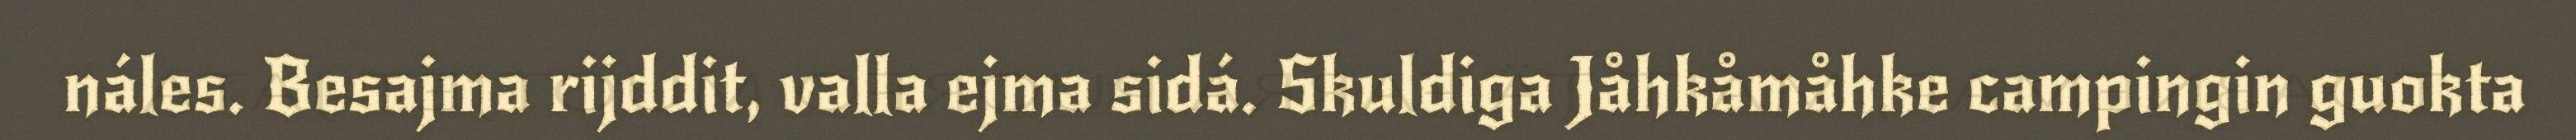
náles. Besajma rijddit, valla ejma sidá. Skuldiga Jåhkåmåhke campingin guokta